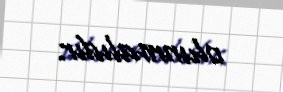
olunmalıdır.